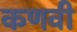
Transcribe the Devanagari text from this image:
कणवी